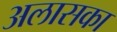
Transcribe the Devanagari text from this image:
अलासका